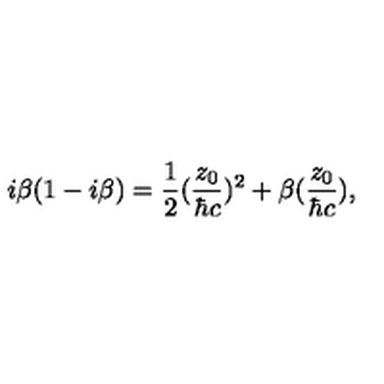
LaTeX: i { \beta } ( 1 - i { \beta } ) = \frac { 1 } { 2 } ( \frac { z _ { 0 } } { { \hbar } c } ) ^ { 2 } + { \beta } ( \frac { z _ { 0 } } { { \hbar } c } ) ,